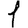
Digit: 1